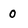
Character: 0